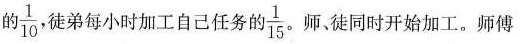
的 \frac{1}{10}，徒弟每小时加工自己任务的 \frac{1}{15}。师、徒同时开始加工。师傅